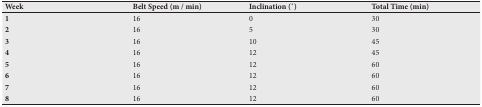
| Week | Belt Speed (m / min) | Inclination ( ̊) | Total Time (min) |
 | --- | --- | --- | --- |
 | 1 | 16 | 0 | 30 |
 | 2 | 16 | 5 | 30 |
 | 3 | 16 | 10 | 45 |
 | 4 | 16 | 12 | 45 |
 | 5 | 16 | 12 | 60 |
 | 6 | 16 | 12 | 60 |
 | 7 | 16 | 12 | 60 |
 | 8 | 16 | 12 | 60 |